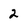
Character: 2